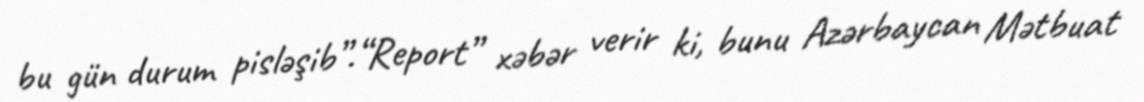
bu gün durum pisləşib”.“Report” xəbər verir ki, bunu Azərbaycan Mətbuat